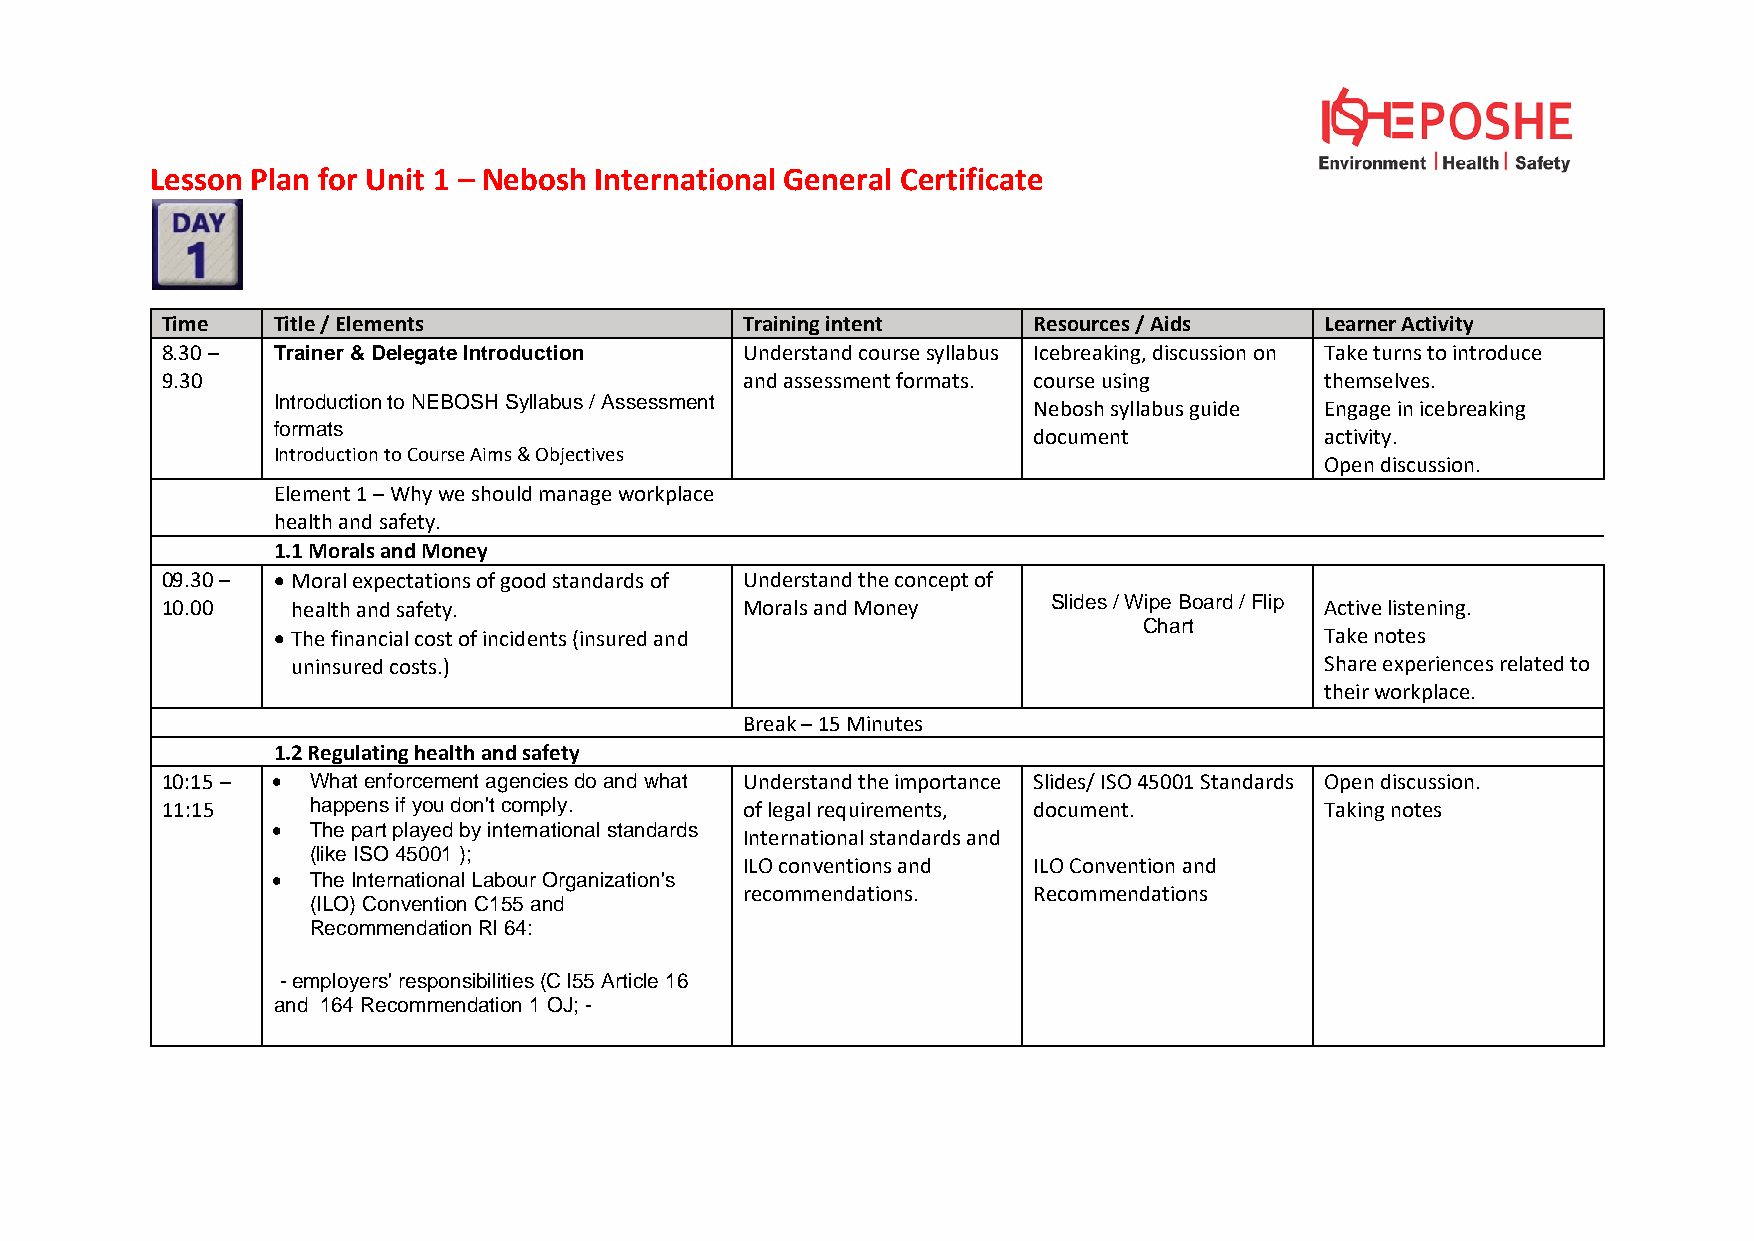
Lesson Plan for Unit 1 – Nebosh International General Certificate
 Time   Title / Elements               Training intent    Resources / Aids    Learner Activity
 8.30 – Trainer & Delegate Introduction Understand course syllabus Icebreaking, discussion on Take turns to introduce
 9.30                                  and assessment formats. course using   themselves.
 Introduction to NEBOSH Syllabus / Assessment
 Nebosh syllabus guide Engage in icebreaking
 formats
 document            activity.
 Introduction to Course Aims & Objectives
 Open discussion.
 Element 1 – Why we should manage workplace
 health and safety.
 1.1 Morals and Money
 09.30 – • Moral expectations of good standards of Understand the concept of
 10.00   health and safety.            Morals and Money     Slides / Wipe Board / Flip Active listening.
 Chart
 • The financial cost of incidents (insured and                        Take notes
 uninsured costs.)                                                    Share experiences related to
 their workplace.
 Break – 15 Minutes
 1.2 Regulating health and safety
 10:15 – • What enforcement agencies do and what Understand the importance Slides/ ISO 45001 Standards Open discussion.
 11:15     happens if you don't comply. of legal requirements, document.      Taking notes
 •  The part played by international standards
 International standards and
 (like ISO 45001 );
 ILO conventions and ILO Convention and
 •  The International Labour Organization's
 recommendations.   Recommendations
 (ILO) Convention C155 and
 Recommendation Rl 64:
 - employers' responsibilities (C l55 Article 16
 and 164 Recommendation 1 OJ; -